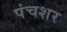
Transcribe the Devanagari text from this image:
पंचशर